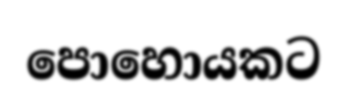
පොහොයකට